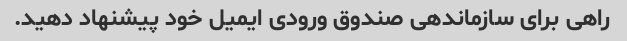
راهی برای سازماندهی صندوق ورودی ایمیل خود پیشنهاد دهید.